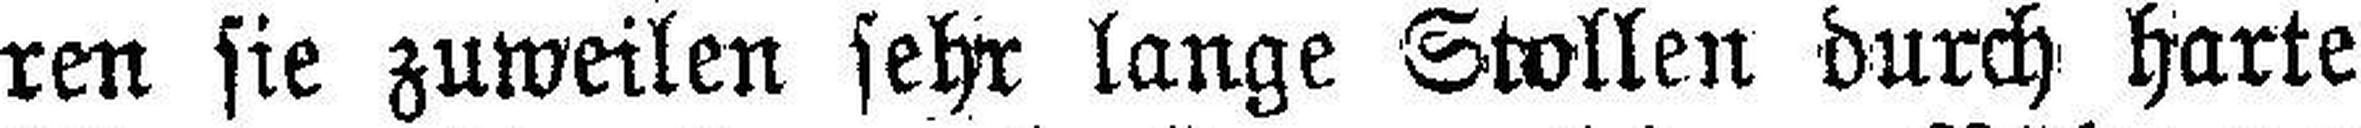
ren sie zuweilen sehr lange Stollen durch harte